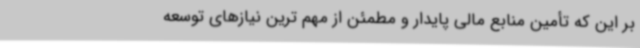
بر این که تأمین منابع مالی پایدار و مطمئن از مهم ترین نیازهای توسعه